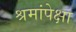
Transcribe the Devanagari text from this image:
श्रमांपेक्षा